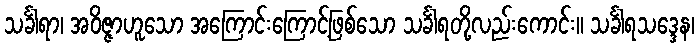
သင်္ခါရာ၊ အဝိဇ္ဇာဟူသော အကြောင်းကြောင့်ဖြစ်သော သင်္ခါရတို့လည်းကောင်း။ သင်္ခါရသဒ္ဒေန၊